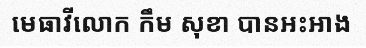
មេធាវីលោក កឹម សុខា បានអះអាង